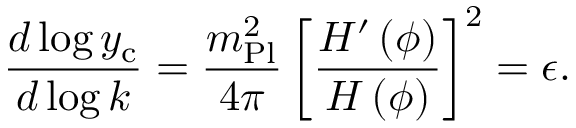
{ \frac { d \log { y _ { \mathrm { c } } } } { d \log { k } } } = { \frac { m _ { \mathrm { P l } } ^ { 2 } } { 4 \pi } } \left[ { \frac { H ^ { \prime } \left( \phi \right) } { H \left( \phi \right) } } \right] ^ { 2 } = \epsilon .